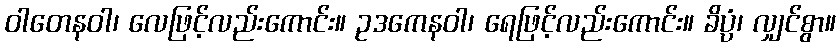
ဝါတေနဝါ၊ လေဖြင့်လည်းကောင်း။ ဥဒကေနဝါ၊ ရေဖြင့်လည်းကောင်း။ ခိပ္ပံ၊ လျှင်စွာ။